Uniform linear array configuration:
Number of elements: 24
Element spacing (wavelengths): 0.25
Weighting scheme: blackman
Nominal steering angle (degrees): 15
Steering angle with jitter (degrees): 15.424
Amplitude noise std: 0.05
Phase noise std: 0.05

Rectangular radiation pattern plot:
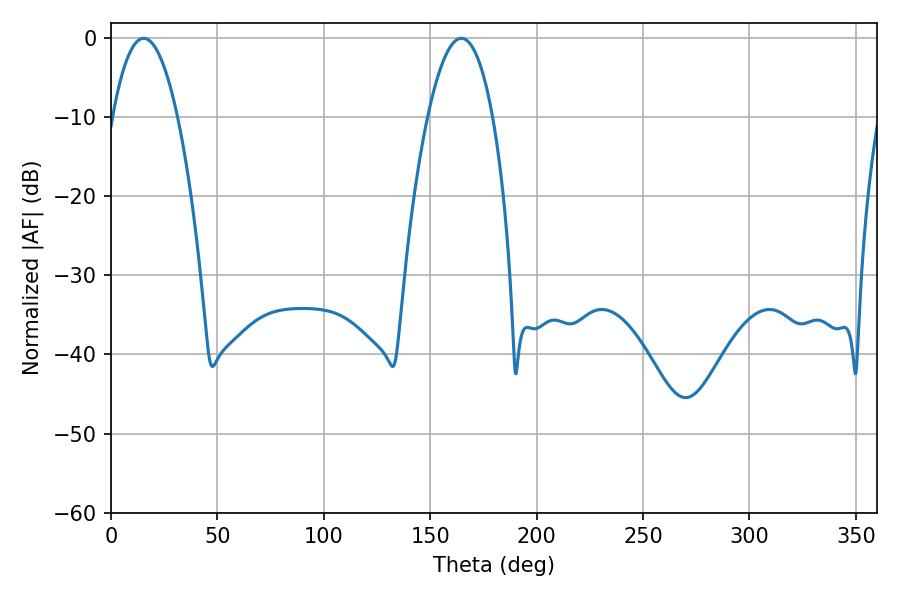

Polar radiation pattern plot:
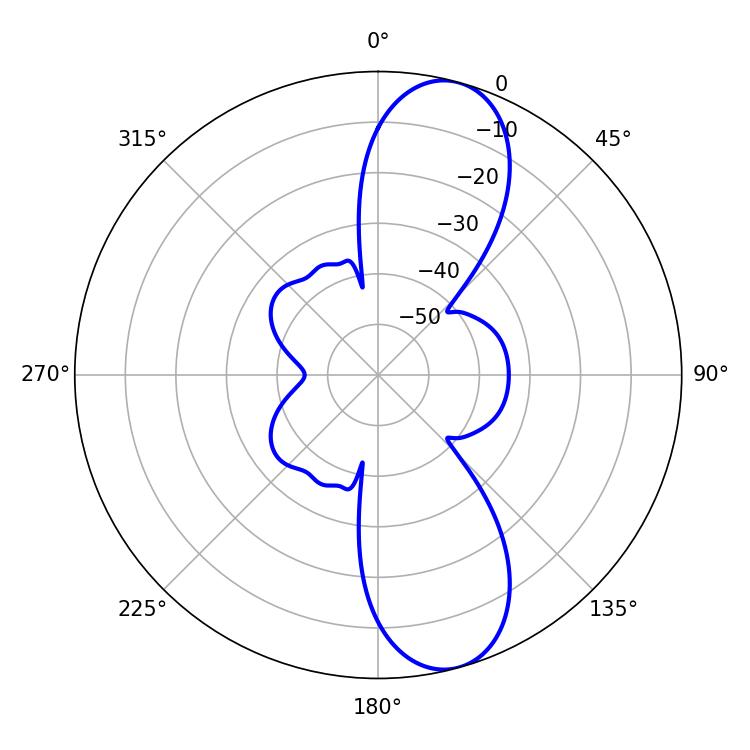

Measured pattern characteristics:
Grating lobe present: FALSE
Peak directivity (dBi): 10.717
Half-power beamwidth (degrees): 16.92
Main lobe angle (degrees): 15.3